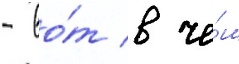
- во́т в че́м